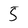
Character: 5